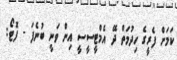
ކަމަށް ފެރީގެ ހިދުމަތް ދޭ އެމްޓީސީސީ އިން ވަނީ ބުނެފަ - ފޮޓޯ: